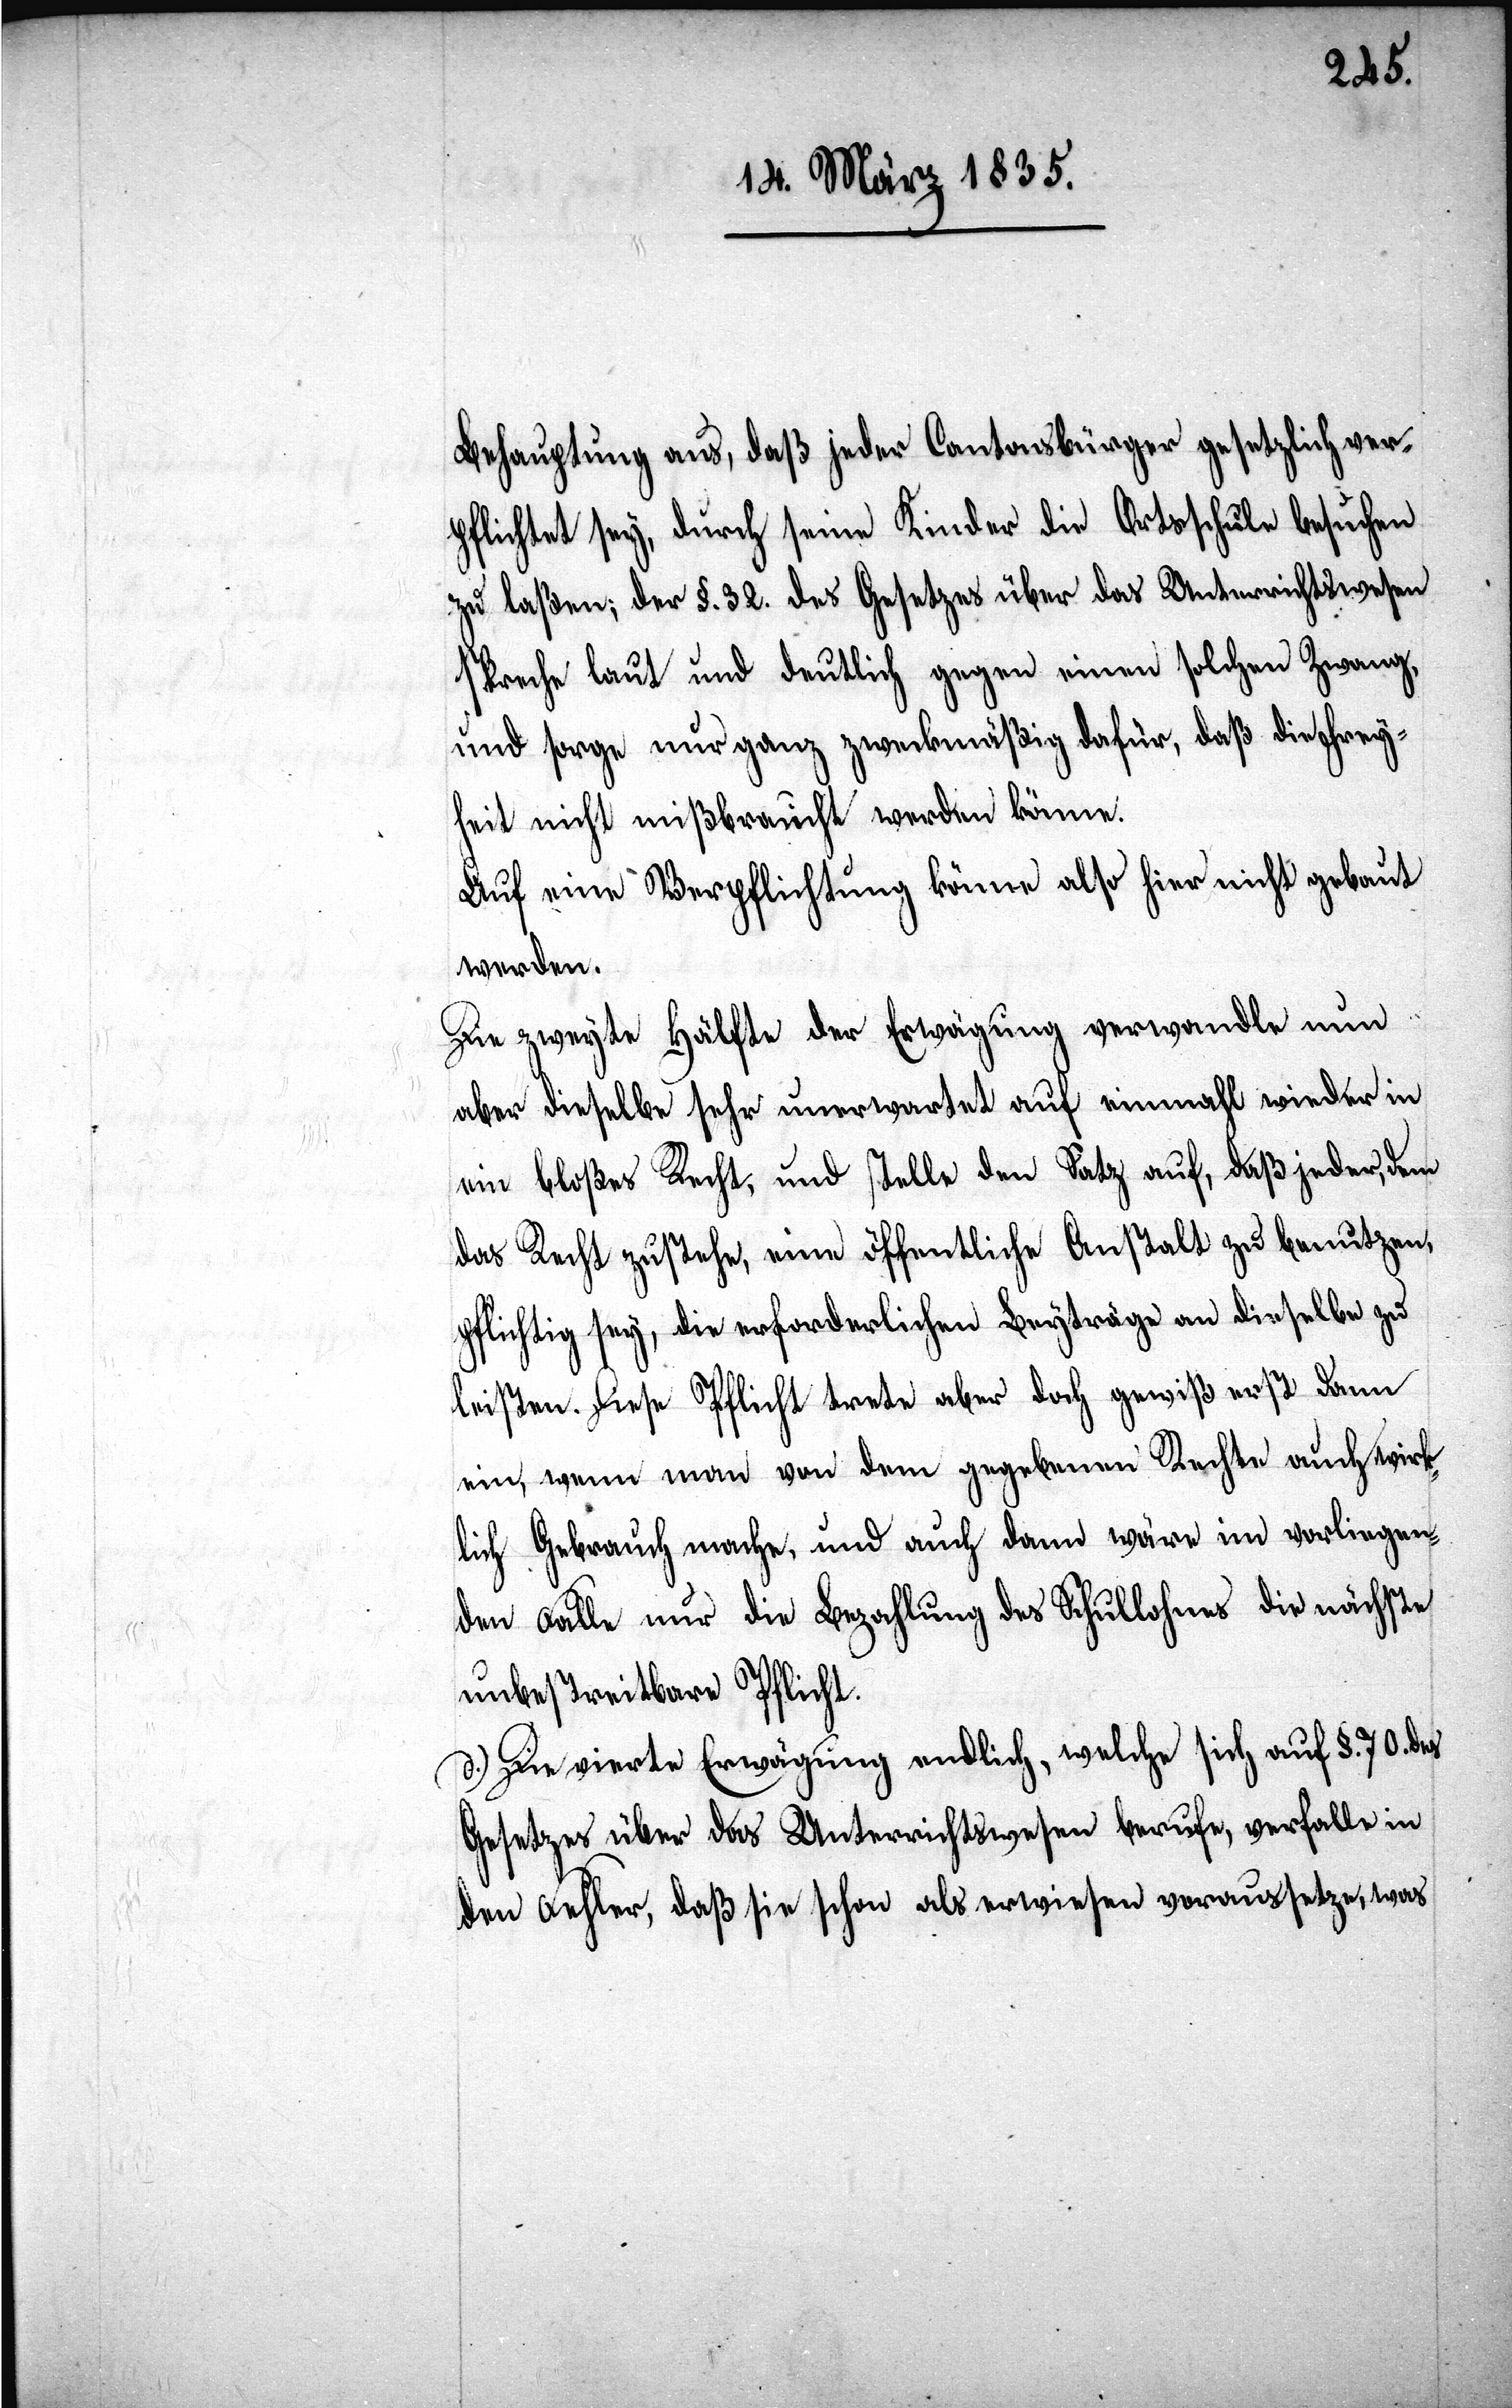
Behauptung aus, daß jeder Cantonsbürger gesetzlich ver¬
pflichtet sey, durch seine Kinder die Ortsschule besuchen
zu laßen; der §. 32. des Gesetzes über das Unterrichtswesen
spreche laut und deutlich gegen einen solchen Zwang
und sorge nur ganz zweckmäßig dafür, daß die Frey¬
heit nicht mißbraucht werden könne.
Auf eine Verpflichtung könne also hier nicht gebaut
werden.
Die zweyte Hälfte der Erwägung verwandle nun
aber dieselbe sehr unerwartet auf einmahl wieder in
ein bloßes Recht, und Stelle den Satz auf, daß jeder, dem
das Recht zustehe, eine öffentliche Anstalt zu benutzen,
pflichtig sey, die erforderlichen Beyträge an dieselbe zu
leisten. Diese Pflicht trete aber doch gewiß erst dann
ein, wenn man von dem gegebenen Rechte auch wirk¬
lich Gebrauch mache, und auch dann wäre im vorliegen¬
den Falle nur die Bezahlung des Schullohnes die nächste
unbestreitbare Pflicht.
d.) Die vierte Erwägung endlich, welche sich auf §. 70. des
Gesetzes über das Unterrichtswesen berufe, verfalle in
den Fehler, daß sie schon als erwiesen voraussetze, was